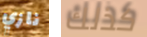
نازي كذلك